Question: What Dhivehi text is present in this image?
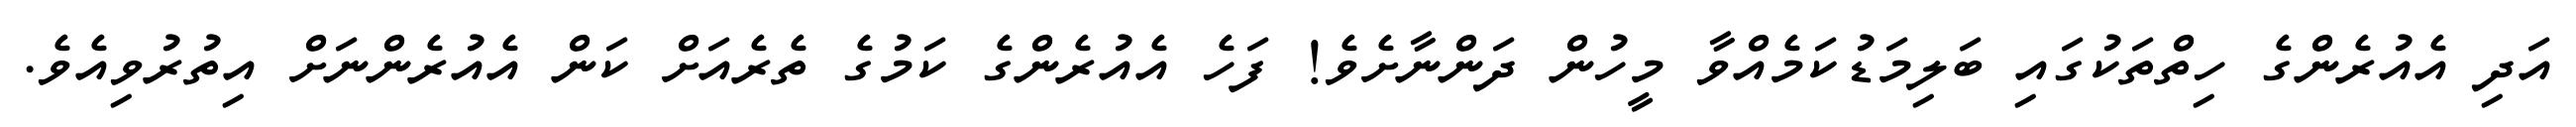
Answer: އަދި އެއުރެންގެ ހިތްތަކުގައި ބަލިމަޑުކަމެއްވާ މީހުން ދަންނާށެވެ! ފަހެ އެއުރެންގެ ކަމުގެ ތެރެއަށް ކަން އެއުރެންނަށް އިތުރުވިއެވެ.